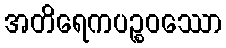
အတိရေကပဉ္စဝဿော